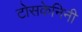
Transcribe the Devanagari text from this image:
टोसकेनिनी